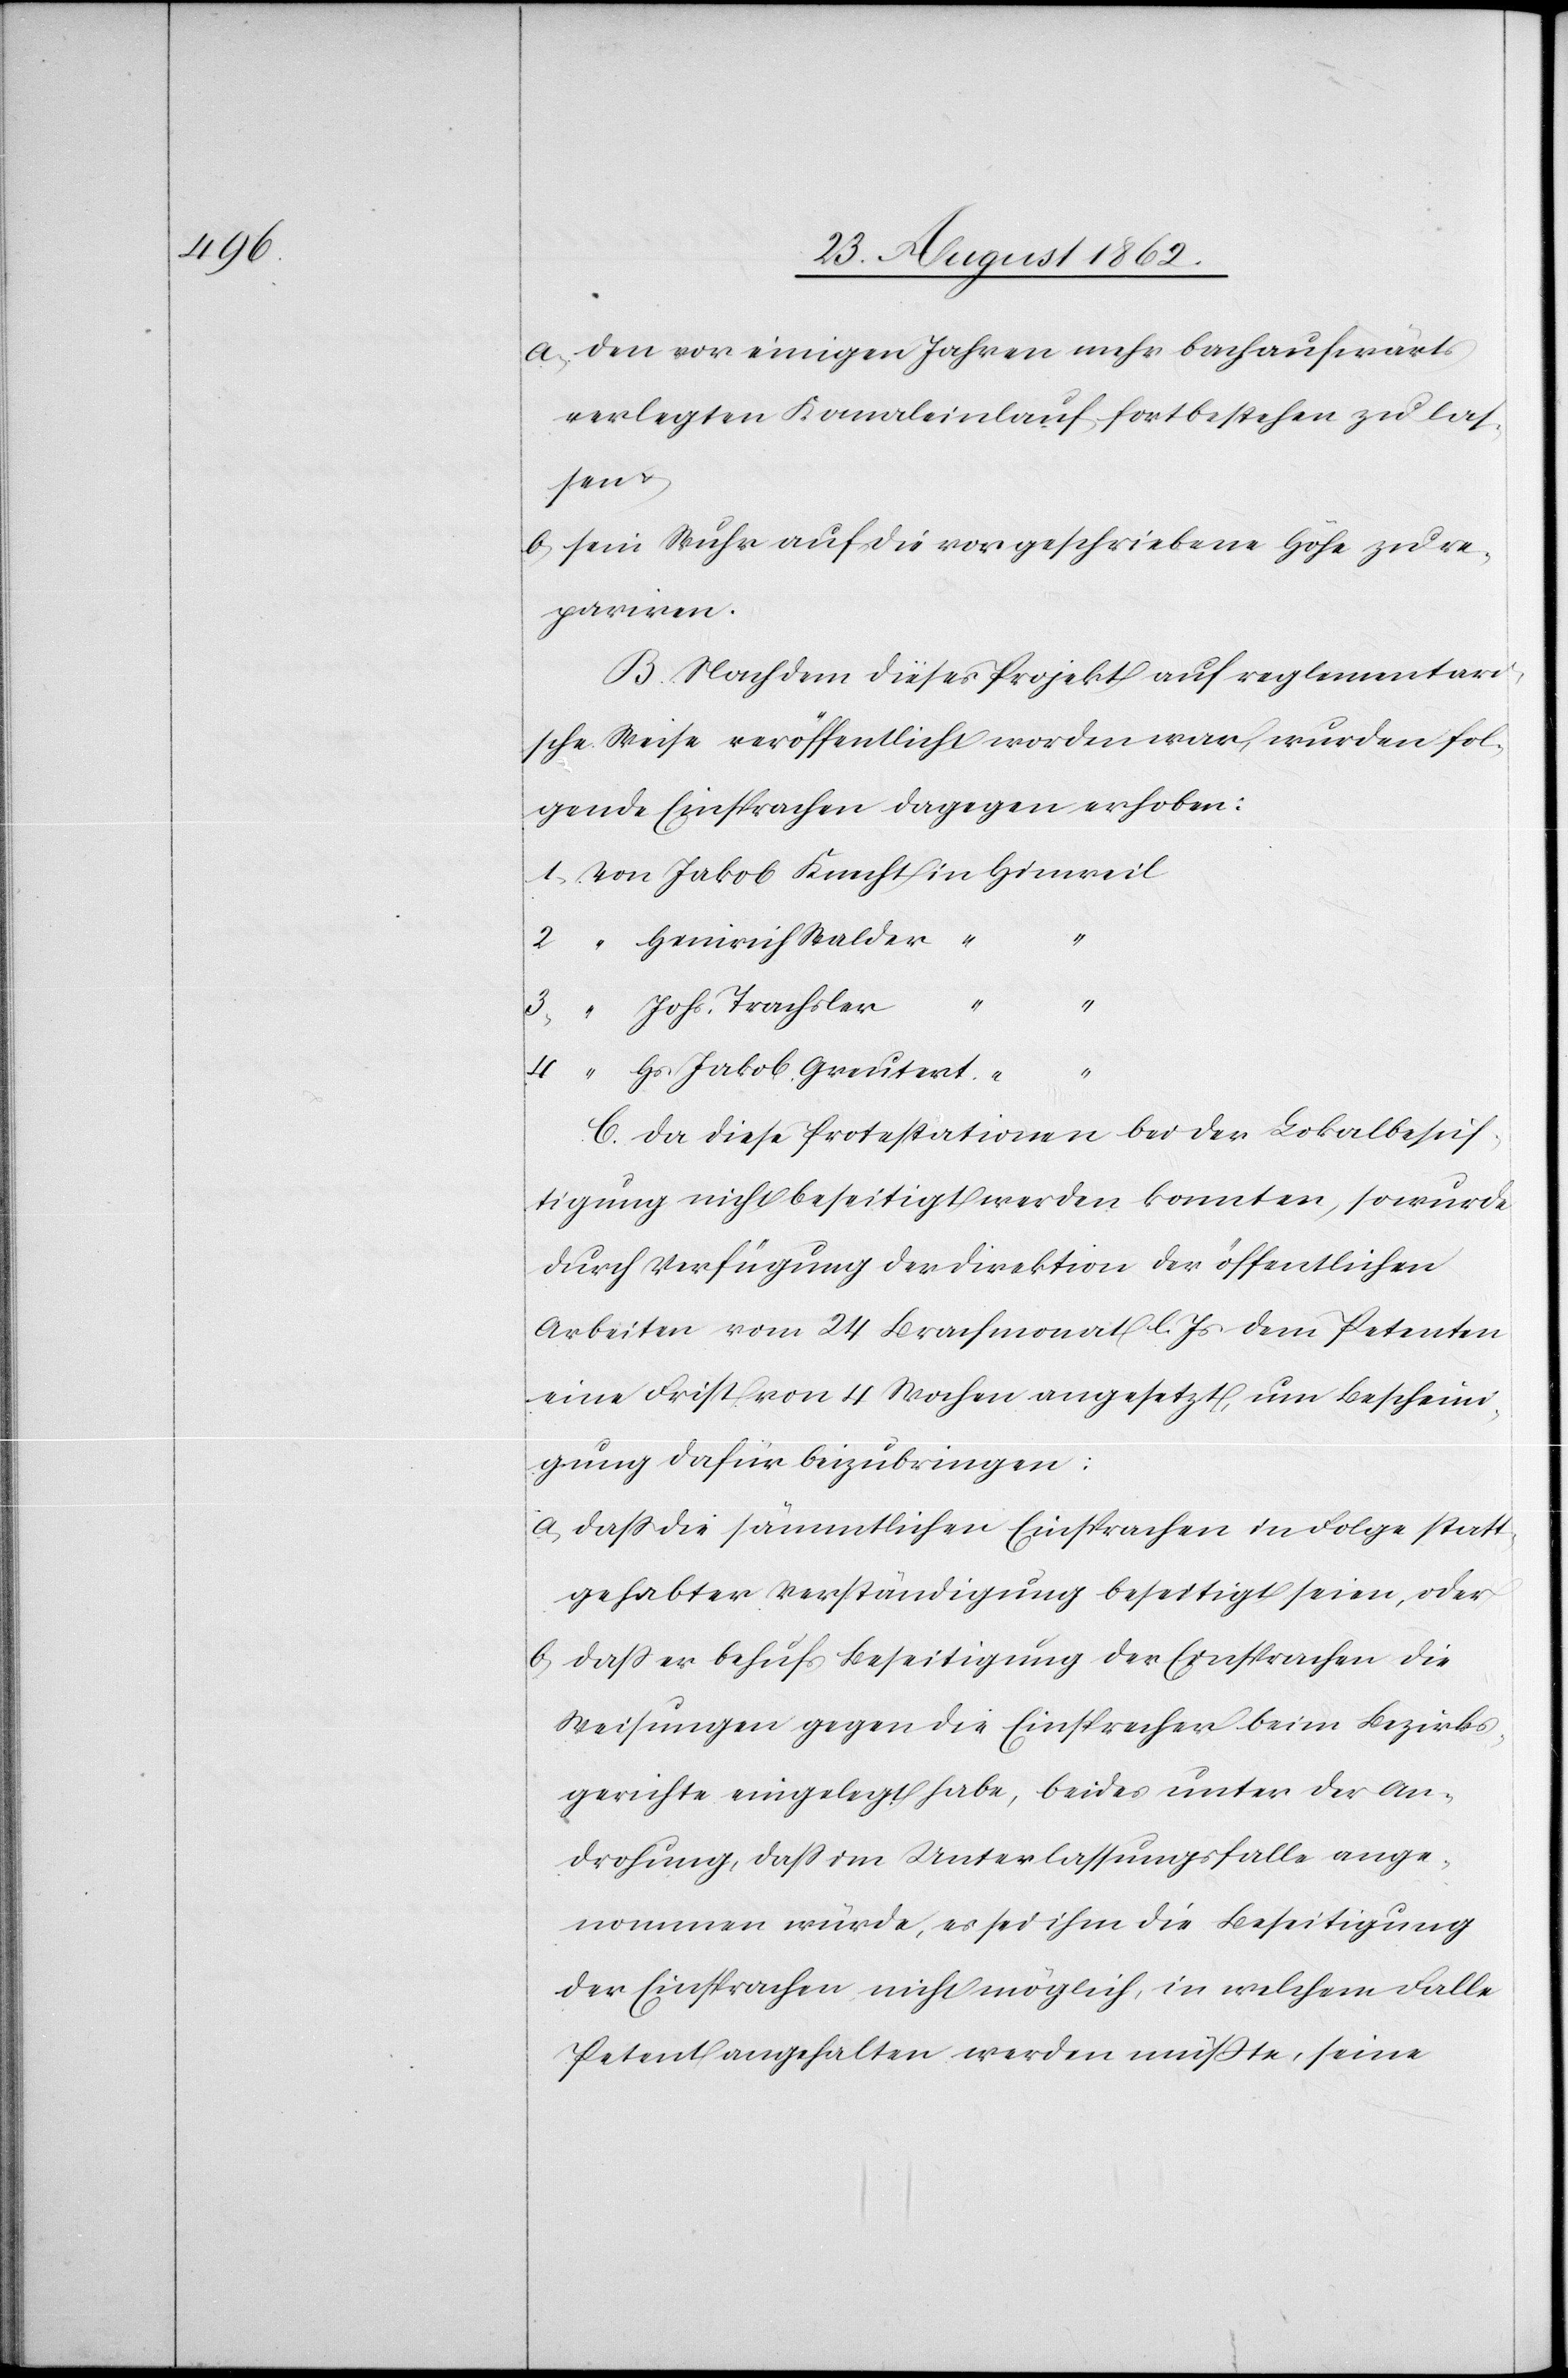
a. den vor einigen Jahren mehr bachaufwärts
verlegten Kanaleinlauf fortbestehen zu las¬
sen u.
b. sein Wuhr auf die vorgeschriebene Höhe zu re¬
pariren.
B. Nachdem dieses Projekt auf reglementari¬
sche Weise veröffentlich worden war, wurden fol¬
gende Einsprachen dagegen erhoben:
2.
Heinrich Walder
3.
4.
Hs. Jakob Greutert
C. Da diese Protestationen bei der Lokalbesich¬
tigung nicht beseitigt werden konnten, so wurde
durch Verfügung der Direktion der öffentlichen
Arbeiten vom 24. Brachmonat l. Js. dem Petenten
eine Frist von 4 Wochen angesetzt, um Bescheini¬
gung dafür beizubringen:
a. daß die sämmtlichen Einsprachen in Folge statt¬
gehabter Verständigung beseitigt seien, oder
b. daß er behufs Beseitigung der Einsprachen die
Weisungen gegen die Einsprecher beim Bezirks¬
gerichte eingelegt habe, beides unter der An¬
drohung, daß im Unterlassungsfalle ange¬
nommen würde, es sei ihm die Beseitigung
der Einsprachen nicht möglich, in welchem Falle
Petent angehalten werden müßte, seine